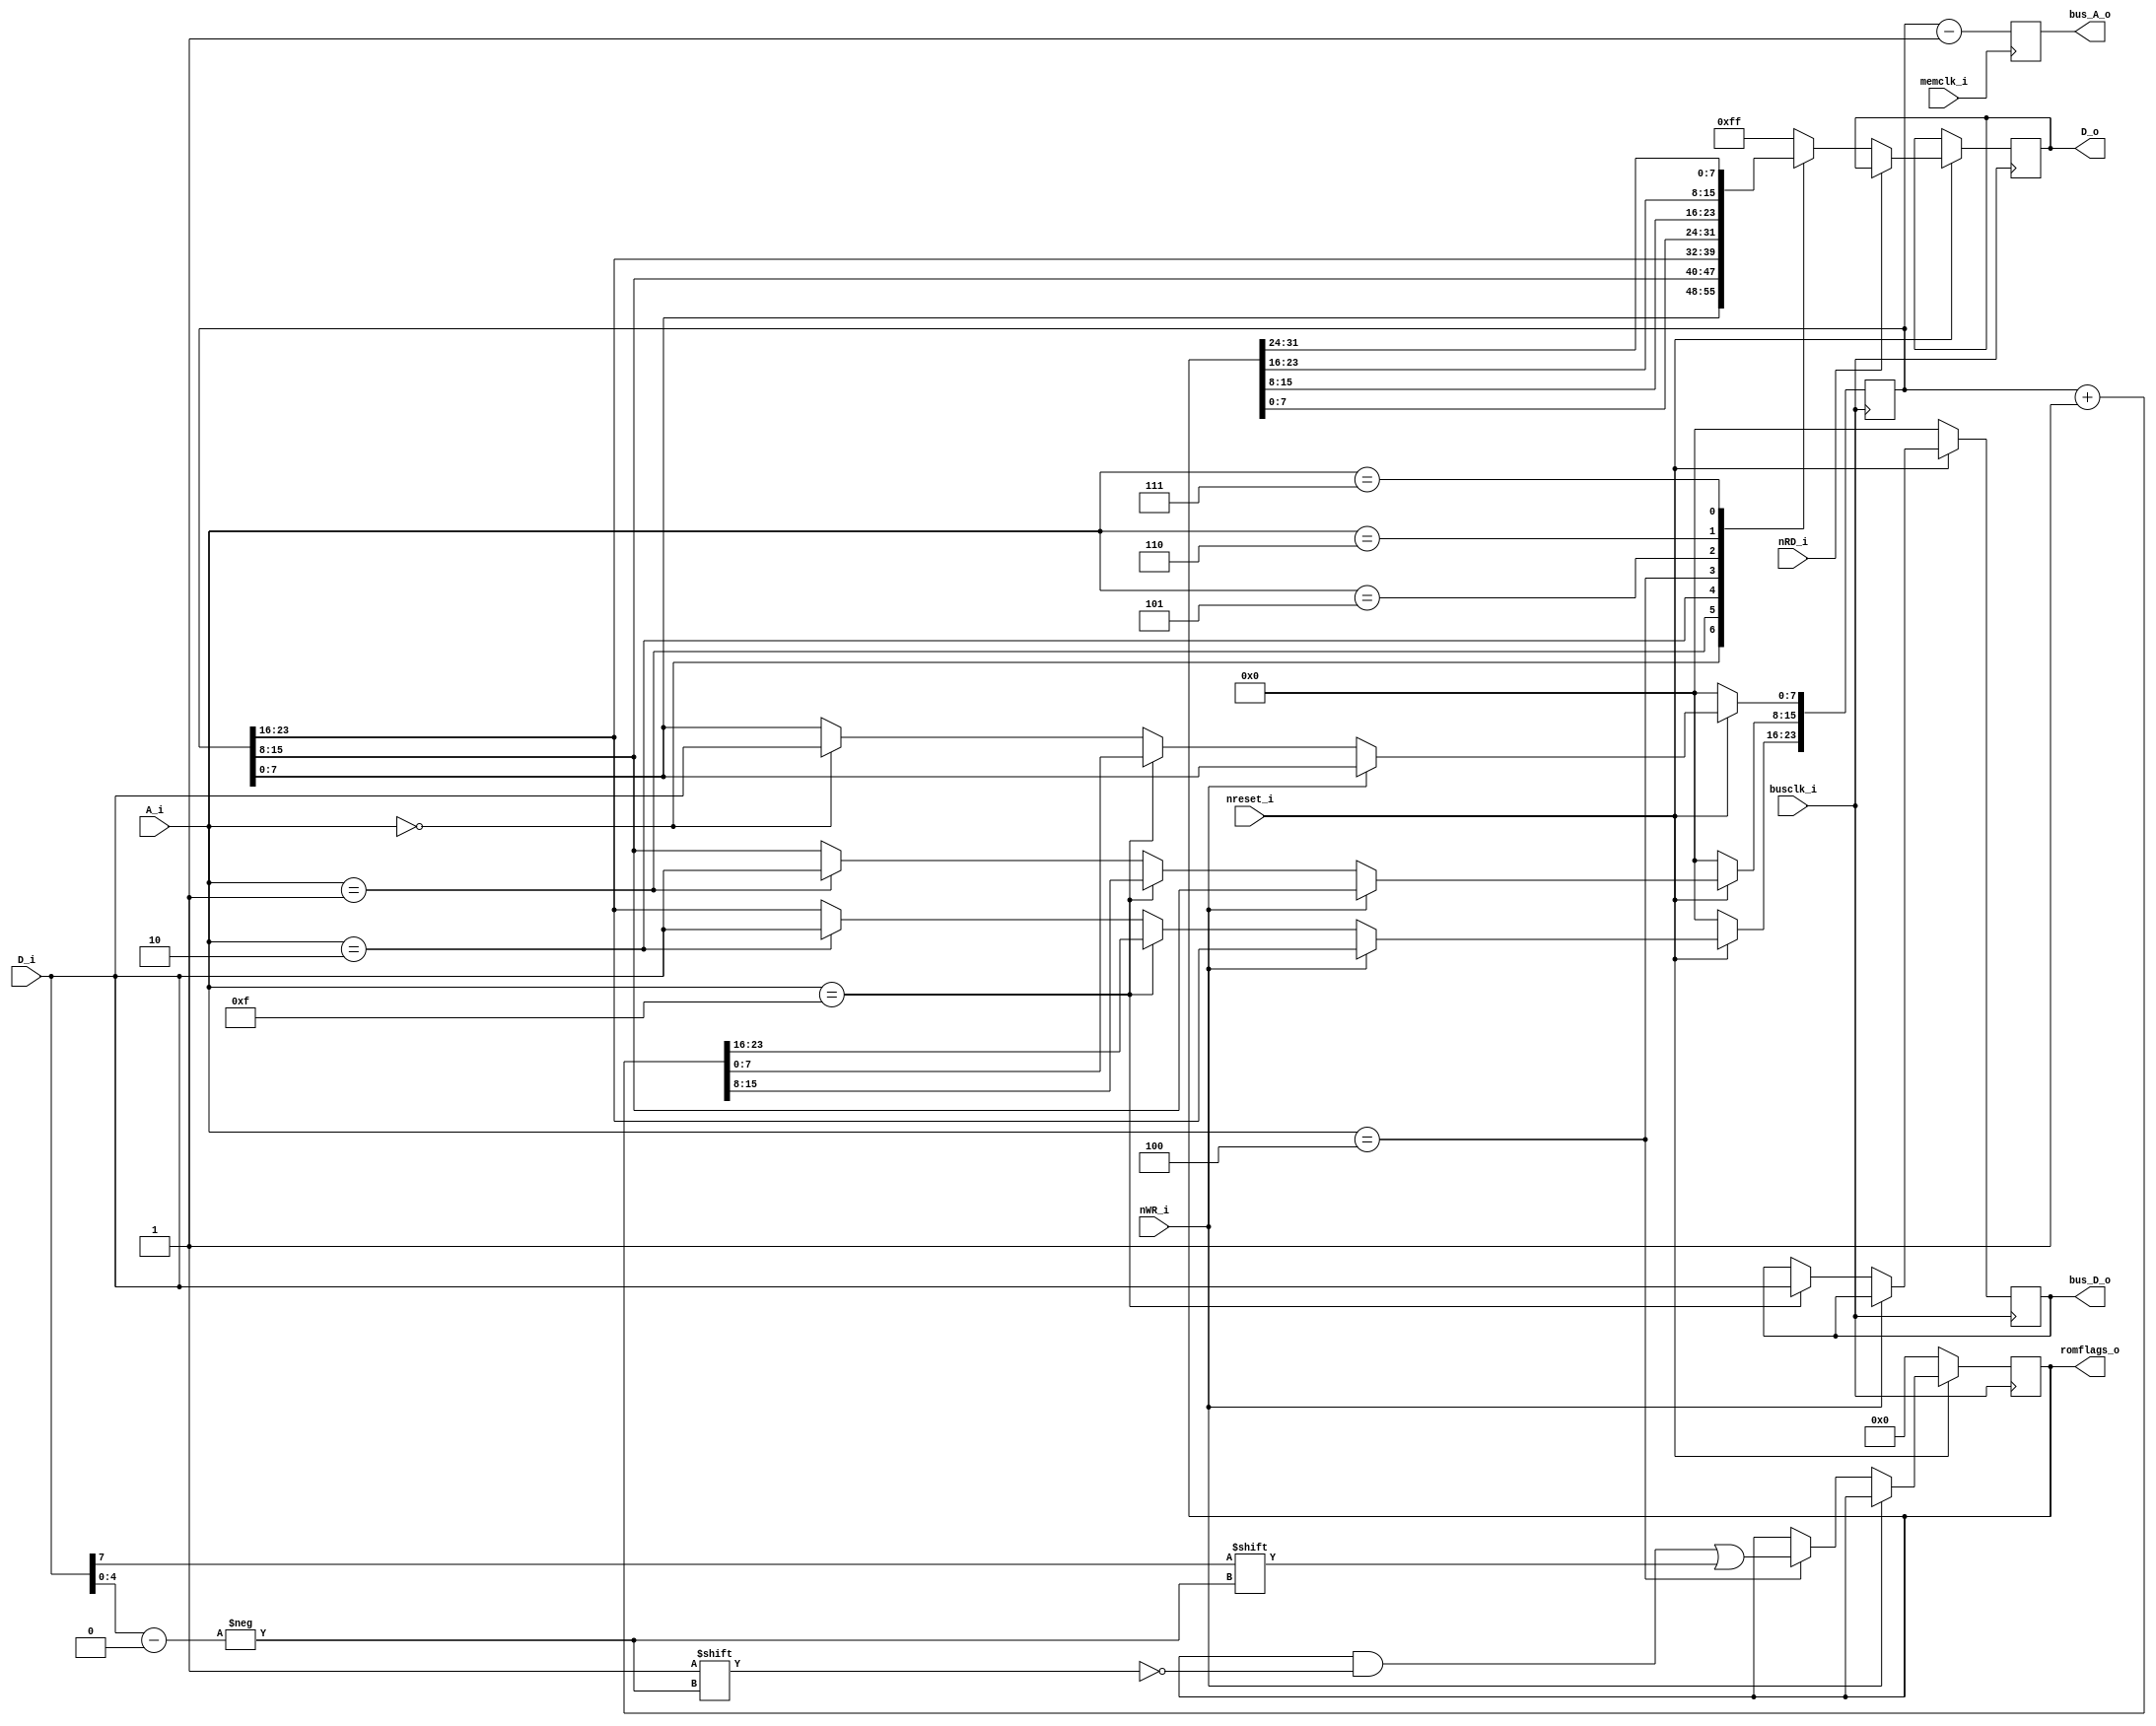
module tfr_mem ( 
	// Signals
	input wire memclk_i,
	output reg [23:0]	bus_A_o,
	output reg [7:0] bus_D_o,
	output reg [31:0] romflags_o,
	// Bus signals
	input busclk_i,	// Clock for bus signals
	input nreset_i,
	input [3:0] A_i,	// 10x8-bit registers, representing the 80 keys
	input [7:0] D_i,
	output reg [7:0] D_o,
	input nWR_i,
	input nRD_i	
	);

	// Wire definitions ===========================================================================

	// Registers ==================================================================================
	reg [23:0] addr_io;
	
	// Assignments ================================================================================
	
	// Module connections =========================================================================
	
	// Simulation branches and control ============================================================
	
	// Other logic ================================================================================
	
	function [7:0] lookup_register( input [3:0] a );
		case( a )
			4'h0: lookup_register = addr_io[7:0];
			4'h1: lookup_register = addr_io[15:8];
			4'h2: lookup_register = addr_io[23:16];
			4'h4: lookup_register = romflags_o[7:0];
			4'h5: lookup_register = romflags_o[15:8];
			4'h6: lookup_register = romflags_o[23:16];
			4'h7: lookup_register = romflags_o[31:24];
			default: lookup_register = 8'hff;
		endcase
	endfunction
	
	// Write a register by reference should match below for clarity, not function
	task write_register(
		input [3:0] a,
		input [7:0] d
	);		
		case( a )
			4'h0: addr_io[7:0] <= d;
			4'h1: addr_io[15:8] <= d;
			4'h2: addr_io[23:16] <= d;
			4'h4: romflags_o[d[4:0]] <= d[7];
			4'hf: bus_D_o <= d;
			default: ;
		endcase
	endtask
	
	// IO Domain clock
	always @(posedge busclk_i)
	begin
		if( !nreset_i ) begin
			addr_io <= 24'd0;
			bus_D_o <= 8'd0;
			romflags_o <= 32'd0;
		end
		else begin
			if( !nRD_i ) D_o <= lookup_register(A_i);
			if( !nWR_i ) begin
				write_register(A_i,D_i);
				if( A_i == 4'hf ) addr_io <= addr_io + 1'b1;
			end
		end
	end
	
	// Memory Domain Clock
	always @(posedge memclk_i)
	begin
		bus_A_o <= (addr_io -1'b1);	// Correction for early increment
	end
	
endmodule